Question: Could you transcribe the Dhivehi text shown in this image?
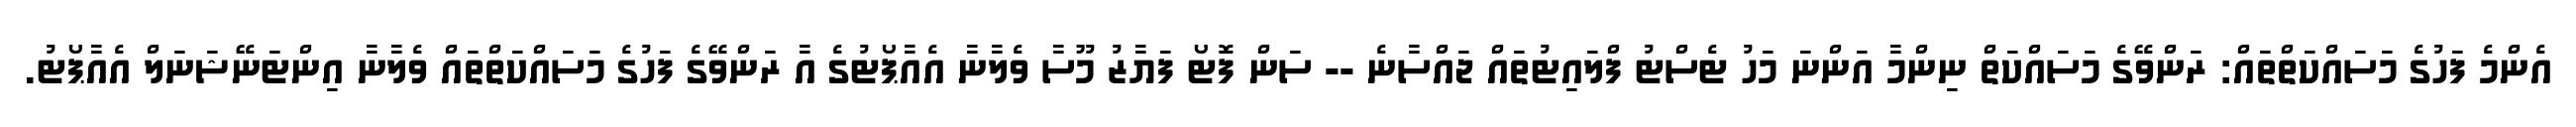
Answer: އެންމެ ފަހުގެ މަސައްކަތްތައް: ރަންވޭގެ މަސައްކަތް ނިންމާ އަންނަ މަހު ޓެސްޓު ފްލައިޓުތައް ޖައްސާނެ -- ސަން ފޮޓޯ ފަޔާޒު މޫސާ ވެލާނާ އެއާޕޯޓުގެ އާ ރަންވޭގެ ފަހުގެ މަސައްކަތްތައް ވެލާނާ އިންޓަނޭޝަނަލް އެއާޕޯޓު.